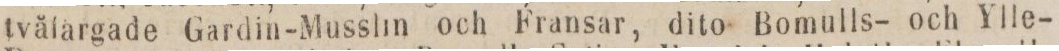
tvåfärgade Gardin-Musslin och Fransar, dito Bomulls- och Ylle-